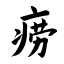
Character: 痨